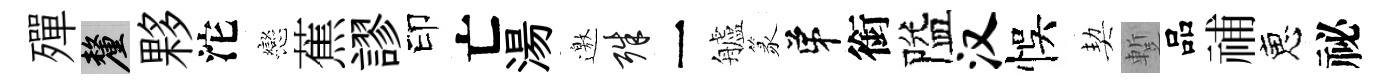
殫厘夥沱戀蕉謬印亡湯邀殊一艫篆弟銜隘汉悞契蹔品𥙷恵祕